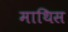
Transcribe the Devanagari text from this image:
माथिस